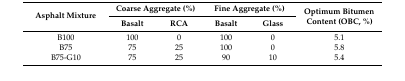
<table><thead><tr><td rowspan="2"><b>Asphalt Mixture</b></td><td colspan="2"><b>Coarse Aggregate (%) </b></td><td colspan="2"><b>Fine Aggregate (%)</b></td><td rowspan="2"><b>Optimum Bitumen Content (OBC, %)</b></td></tr><tr><td><b>Basalt</b></td><td><b>RCA</b></td><td><b>Basalt</b></td><td><b>Glass</b></td></tr></thead><tbody><tr><td>B100</td><td>100</td><td>0</td><td>100</td><td>0</td><td>5.1</td></tr><tr><td>B75</td><td>75</td><td>25</td><td>100</td><td>0</td><td>5.8</td></tr><tr><td>B75-G10</td><td>75</td><td>25</td><td>90</td><td>10</td><td>5.4</td></tr></tbody></table>